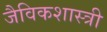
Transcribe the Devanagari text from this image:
जैविकशास्त्री